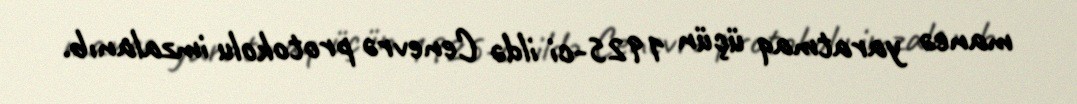
maneə yaratmaq üçün 1925-ci ildə Cenevrə protokolu imzalanıb.